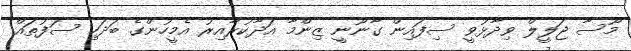
މޫސާ ޖަލީލް ވިދާޅުވީ ސިފައިން ގާނޫނީ ޒިންމާ އަދާކުރާއިރު އެމީހުންގެ ބަދަހި ސަފުތައް